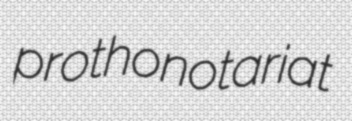
prothonotariat